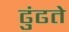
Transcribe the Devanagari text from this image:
ढुंढते